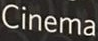
Cinema